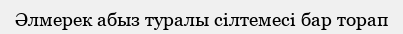
Әлмерек абыз туралы сілтемесі бар торап